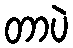
တာပဲ